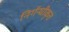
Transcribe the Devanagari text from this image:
निर्गन्धीकृत